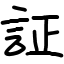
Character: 証